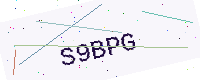
Text: S9BPG